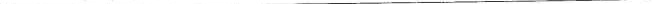
___